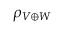
\rho _ { V \oplus W }